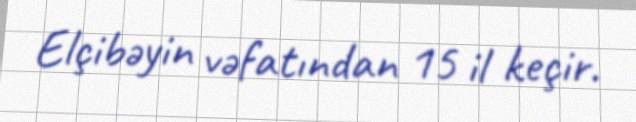
Elçibəyin vəfatından 15 il keçir.